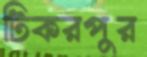
টিকরপুর